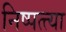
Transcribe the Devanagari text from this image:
निष्पत्त्या